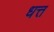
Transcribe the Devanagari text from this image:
धत्त